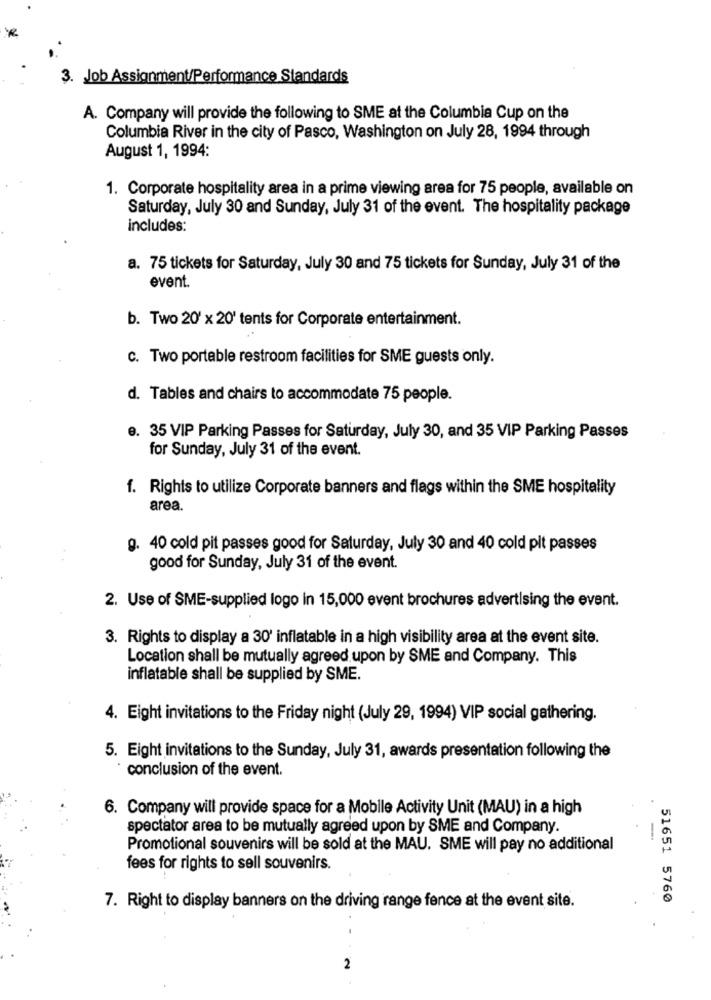
3. Job Assignment/Performance Standards
A. Company will provide the following to SME at the Columbia Cup on the
Columbia River in the city of Pasco, Washington on July 28, 1994 through
August 1, 1994:
1. Corporate hospitality area in a prime viewing area for 75 people, available on
Saturday, July 30 and Sunday, July 31 of the event. The hospitality package
includes:
a. 75 tickets for Saturday, July 30 and 75 tickets for Sunday, July 31 of the
event.
b. Two 20' x 20' tents for Corporate entertainment.
C. Two portable restroom facilities for SME guests only.
d. Tables and chairs to accommodate 75 people.
e. 35 VIP Parking Passes for Saturday, July 30, and 35 VIP Parking Passes
for Sunday, July 31 of the event.
f. Rights to utilize Corporate banners and flags within the SME hospitality
area.
g. 40 cold pit passes good for Saturday, July 30 and 40 cold pit passes
good for Sunday, July 31 of the event.
2. Use of SME-supplied logo in 15,000 event brochures advertising the event.
3. Rights to display a 30' inflatable in a high visibility area at the event site.
Location shall be mutually agreed upon by SME and Company. This
inflatable shall be supplied by SME.
4. Eight invitations to the Friday night (July 29, 1994) VIP social gathering.
5. Eight invitations to the Sunday, July 31, awards presentation following the
conclusion of the event.
6. Company will provide space for a Mobile Activity Unit (MAU) in a high
spectator area to be mutually agreed upon by SME and Company.
-
Promotional souvenirs will be sold at the MAU. SME will pay no additional
fees for rights to sell souvenirs.
51651 5760
7. Right to display banners on the driving range fence at the event site.
..
2